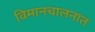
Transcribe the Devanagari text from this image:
विमानचालनात